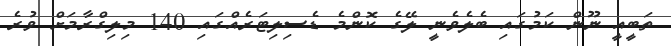
ތަބީއީ ނޫން ކަމުގައި ބެލެވެނީ ލޭގެ ކޮންމެ ޑެސިލިޓަރެއްގައި 140 މިލިގްރާމަށް ވުރެ